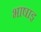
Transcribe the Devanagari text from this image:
भाषाइ